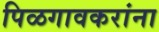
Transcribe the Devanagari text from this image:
पिळगावकरांना